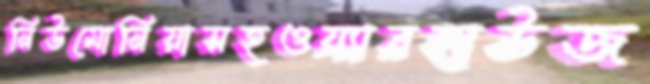
নিউমোনিয়াসহওয়্যারহাউজ